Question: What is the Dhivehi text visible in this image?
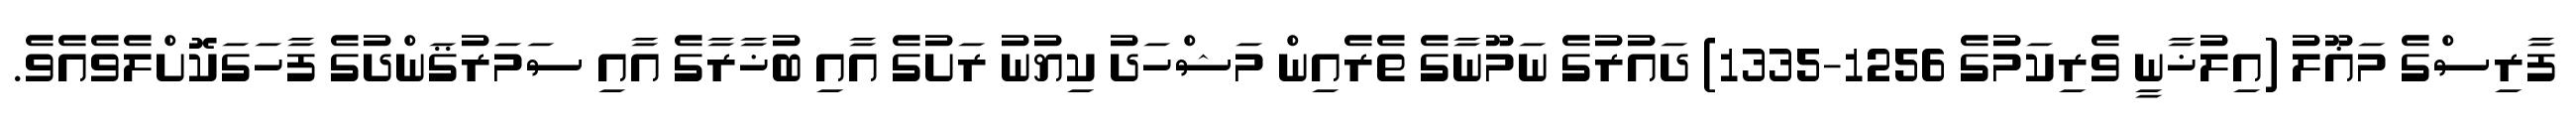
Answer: ފާރިސްގެ މަޣޫލު (އިލުޚާނީ ވެރިކަމުގެ 1256-1335) ދައުރުގެ ނަމޫނާގެ ތެރެއިން މަޝްހަދު ކިޔުނު ރަށުގެ އާއި ބުޚާރާގެ އާއި ސަމަރުޤަންދުގެ ފާހަގަކޮށްލެވެއެވެ.